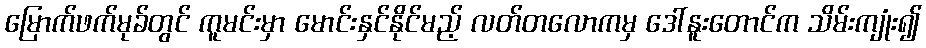
မြောက်ဖက်မုခ်တွင် ကူမင်းမှာ မောင်းနှင်နိုင်မည့် လတ်တလောကမှ ဒေါ်နူးတောင်က သိမ်းကျုံး၍